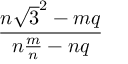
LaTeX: \frac { n { \sqrt { 3 } } ^ { 2 } - m q } { n { \frac { m } { n } } - n q }